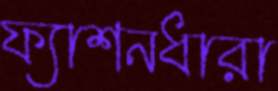
ফ্যাশনধারা